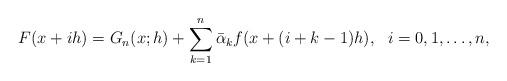
LaTeX: \begin{align*} F(x+ih)=G_n(x;h)+\sum^n_{k=1}\bar{\alpha}_k f(x+(i+k-1)h),\ \ i=0,1,\ldots, n,\end{align*}